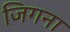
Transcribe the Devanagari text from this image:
जिगना